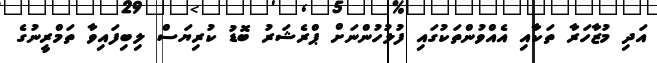
އަދި މުޒާހަރާ ތަކާއި އެއްވުންތަކުގައި ފުލުހުންނަށް ޕްރެޝަރު ބޮޑު ކުރިޔަސް ލިބިފައިވާ ތަމްރީނުގެ